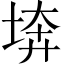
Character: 𡍋